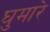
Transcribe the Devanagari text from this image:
घुमारे